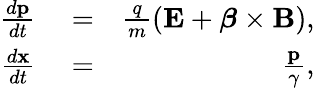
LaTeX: \begin{array}{rlr}{\frac{d{\mathbf{p}}}{dt}}&{{}=}&{\frac{q}{m}(\mathbf{E}+\boldsymbol{\beta}\times\mathbf{B}),}\\ {\frac{d\mathbf{x}}{dt}}&{{}=}&{\frac{\mathbf{p}}{\gamma},}\end{array}